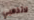
لاتذهبي